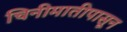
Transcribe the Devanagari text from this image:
चिनीमातीपासून